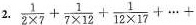
2. $$\frac{1}{2 \times 7} + \frac{1}{7 \times 1 2}+ \frac{1}{1 2 \times 1 7}+ \cdots + $$